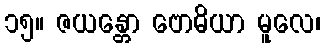
၁၅။ ဇယန္တော ဗောဓိယာ မူလေ၊